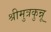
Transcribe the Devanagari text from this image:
श्रीमुत्रकुन्नू